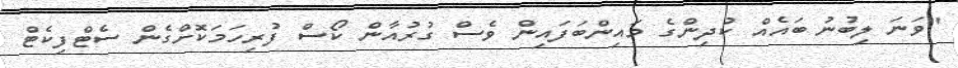
"ވަނަ ލިބުނު ބައެއް ކުދިންގެ މައިންބަފައިން ވެސް ގުރުއާން ކޯސް ފުރިހަމަކޮށްގެން ސެޓްފިކެޓް